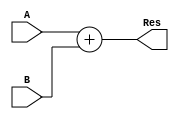

module Sumador(
	input [31:0]A,B,
	output reg[31:0]Res
);

always@*
	begin
		Res = A + B;
	end

endmodule